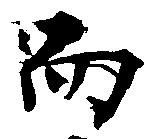
而